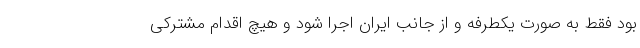
بود فقط به صورت یکطرفه و از جانب ایران اجرا شود و هیچ اقدام مشترکی